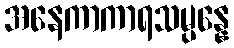
အနေကာကာရသမ္ပန္နေ